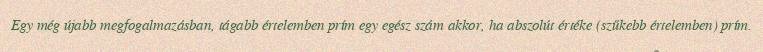
Egy még újabb megfogalmazásban, tágabb értelemben prím egy egész szám akkor, ha abszolút értéke (szűkebb értelemben) prím.